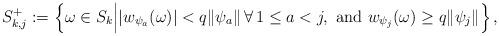
LaTeX: \begin{align*}S^+_{k,j}:=\left\{\omega\in S_k\Bigl|\left|w_{\psi_a}(\omega)\right|< q\|\psi_a\|\,\forall\, 1\leq a<j, \mbox{ and } w_{\psi_j}(\omega)\geq q\|\psi_j\|\Bigr.\right\},\end{align*}